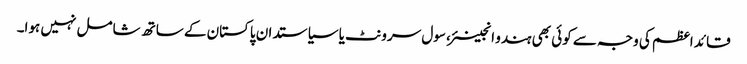
قائد اعظم کی وجہ سے کوئی بھی ہندو انجینئر، سول سرونٹ یا سیاستدان پاکستان کے ساتھ شامل نہیں ہوا۔